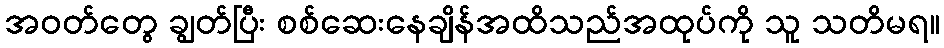
အဝတ်တွေ ချွတ်ပြီး စစ်ဆေးနေချိန်အထိသည်အထုပ်ကို သူ သတိမရ။